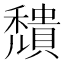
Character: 穨